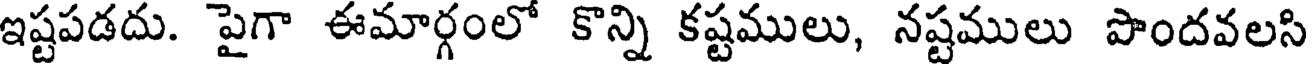
ఇష్టపడదు. పైగా ఈమార్గంలో కొన్ని కష్టములు, నష్టములు పొందవలసి